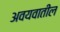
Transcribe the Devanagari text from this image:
अवयवातील